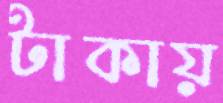
টাকায়